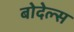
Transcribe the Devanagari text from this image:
बोदेल्स